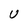
Character: U